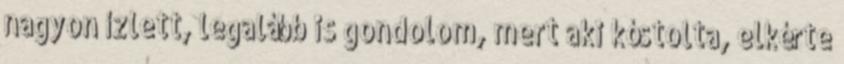
nagyon ízlett, legalább is gondolom, mert aki kóstolta, elkérte